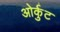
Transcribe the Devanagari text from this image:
ओर्कुट